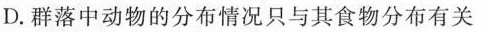
D.群落中动物的分布情况只与其食物分布有关